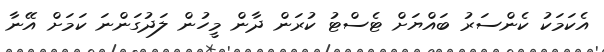
އެކަމަކު ކެންސަރު ބައްޔަށް ޓެސްޓު ކުރަން ދާން މީހުން ލަދުގަންނަ ކަމަށް އޭނާ